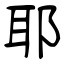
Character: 耶